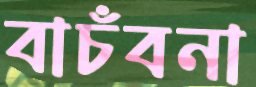
বাচঁবনা